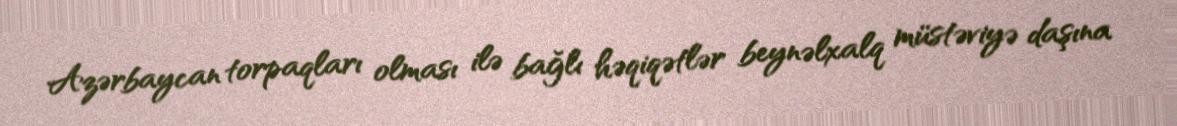
Azərbaycan torpaqları olması ilə bağlı həqiqətlər beynəlxalq müstəviyə daşına